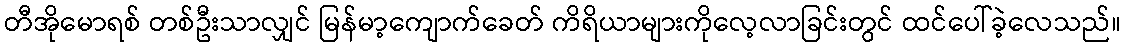
တီအိုမောရစ် တစ်ဦးသာလျှင် မြန်မာ့ကျောက်ခေတ် ကိရိယာများကိုလေ့လာခြင်းတွင် ထင်ပေါ်ခဲ့လေသည်။